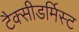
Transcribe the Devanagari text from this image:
टैक्सीडर्मिस्ट